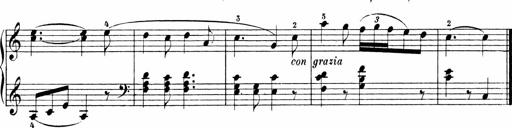
Title: 6 Sonatinas
Composer: Carl Reinecke